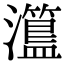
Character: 𤃾